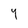
Character: 4